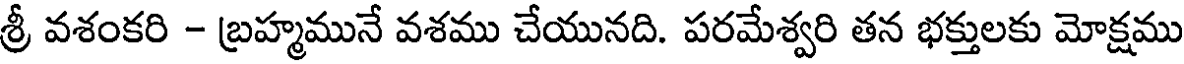
శ్రీ వశంకరి - బ్రహ్మమునే వశము చేయునది. పరమేశ్వరి తన భక్తులకు మోక్షము